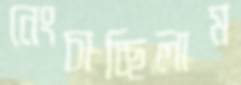
নেংচাচ্ছিলাম